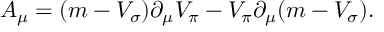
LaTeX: { \cal A } _ { \mu } = ( m - V _ { \sigma } ) \partial _ { \mu } V _ { \pi } - V _ { \pi } \partial _ { \mu } ( m - V _ { \sigma } ) .